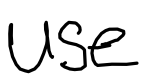
Text: use
Cross-out: clean
Writing tool: digital_black